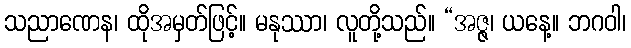
သညာဏေန၊ ထိုအမှတ်ဖြင့်။ မနုဿာ၊ လူတို့သည်။ “အဇ္ဇ၊ ယနေ့။ ဘဂဝါ၊